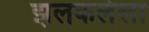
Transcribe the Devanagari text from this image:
झलकलेला